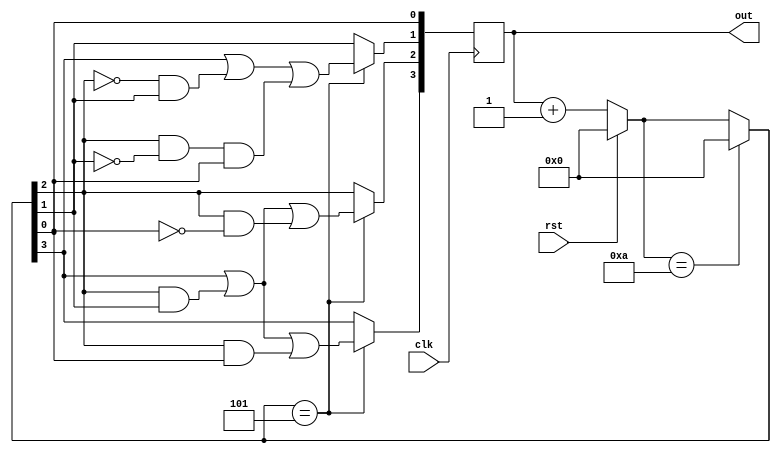
`timescale 1ns / 1ps

module four_bit2421(clk, rst, out);

input clk, rst;
output [3:0] out;
reg [3:0] out;
reg [3:0] outt;

initial out = 4'b0000;
    
always @(posedge clk) begin
    if (rst == 1'b1)
        out = 4'b0000;
    else
        out = out + 1;

    if (out == 4'b1010)
        out = 4'b0000;
        
    if (out == 4'b0101)
       begin
       outt[3] = out[3];
       outt[2] = out[2];
       outt[1] = out[1];
       outt[0] = out[0];
       out[3] = outt[3] | (outt[2] & outt[1]) | (outt[2] & outt[0]);
       out[2] = outt[3] | (outt[2] & outt[1]) | (outt[2] & (~outt[0]));
       out[1] = outt[3] | ((~outt[2]) & outt[1]) | (outt[2] & (~outt[1]) & outt[0]);
       out[0] = outt[0];
       end
end
endmodule